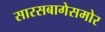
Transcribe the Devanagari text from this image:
सारसबागेसमोर